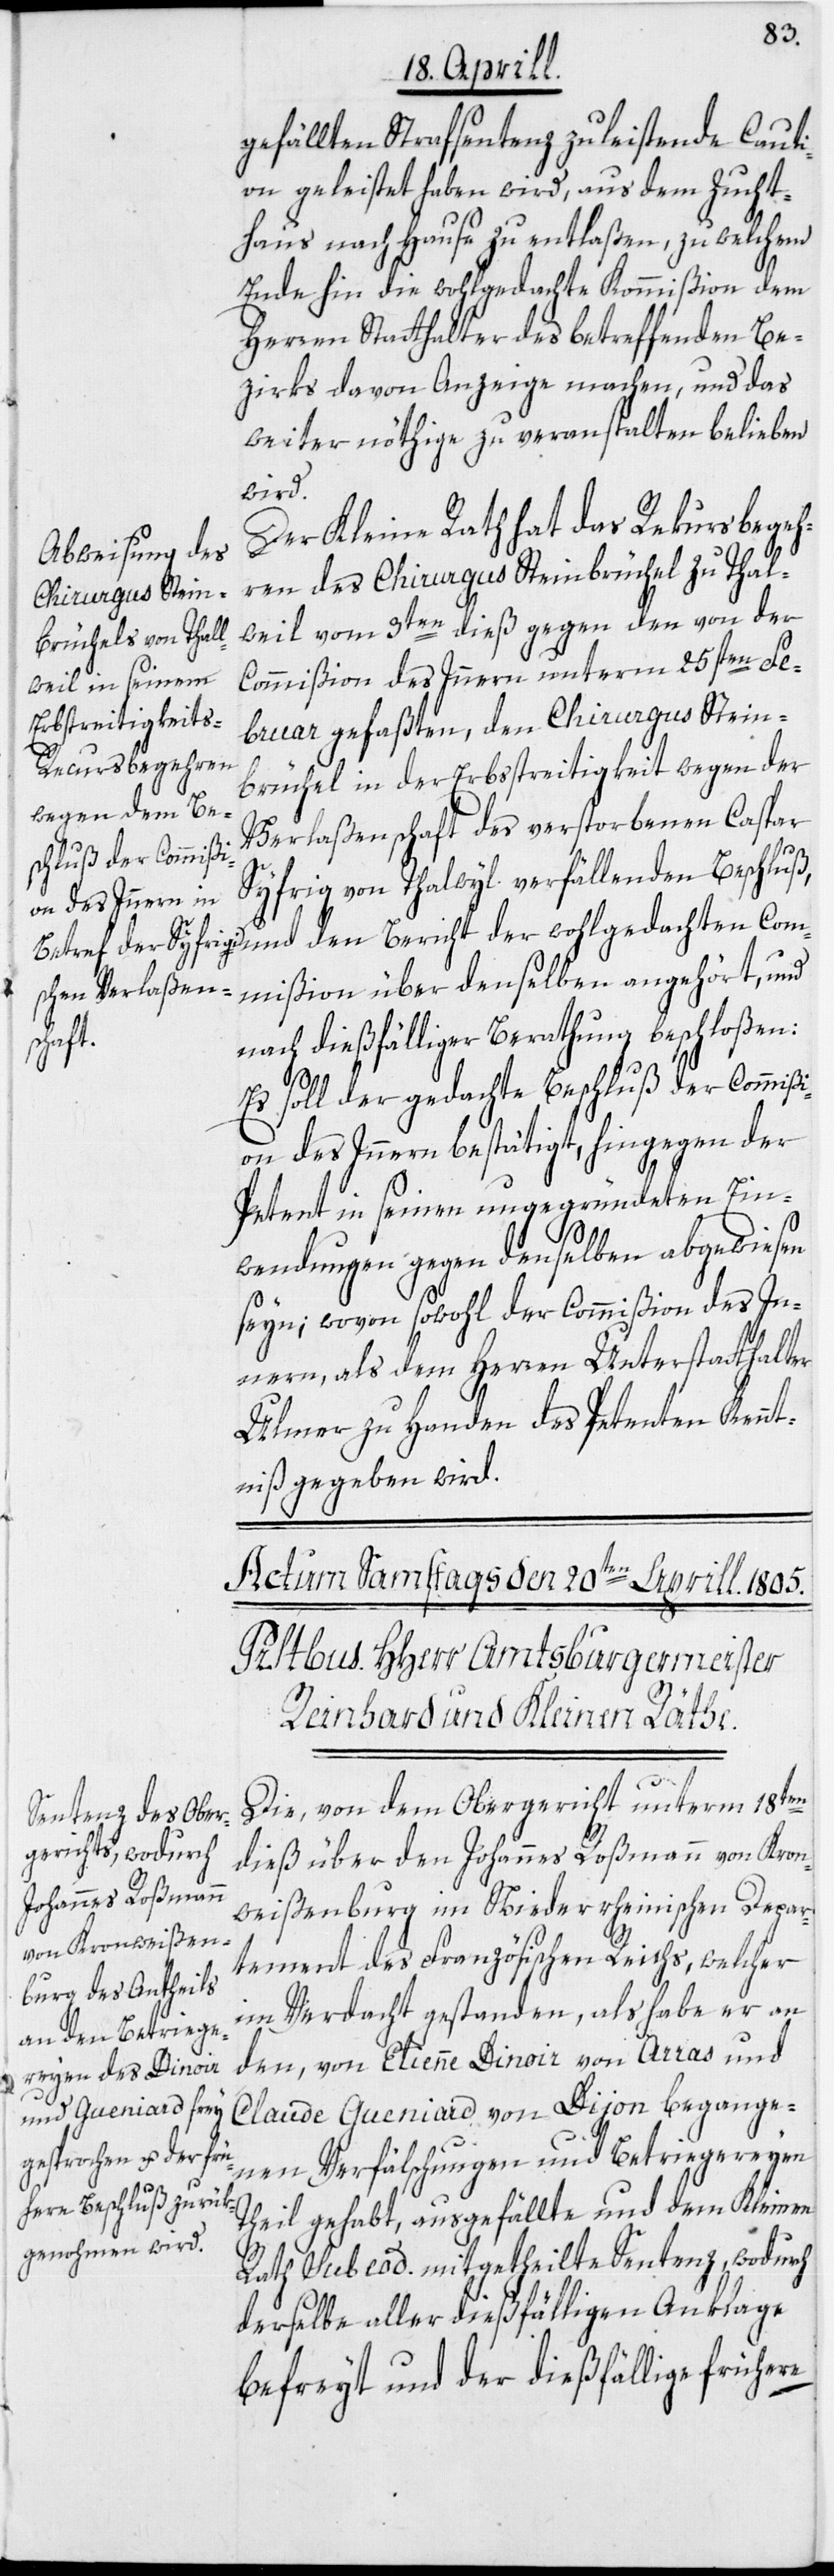
gefällten Strafsentenz zu leistende Caut¬
ion geleistet haben wird, aus dem Zucht¬
haus nach Hause zu entlaßen, zu welchem
Ende hin die wohlgedachte Kommißion dem
Herren Statthalter des betreffenden Be¬
zirks davon Anzeige machen, und das
weiter nöthige zu veranstalten belieben
wird.
Der Kleine Rath hat das Rekursbegeh¬
ren des Chirurgus Steinbrüchel zu Thal¬
weil vom 3ten dieß gegen den von der
Commißion des Innern unterm 25sten Fe¬
bruar gefaßten, den Chirurgus Stein¬
brüchel in der Erbstreitigkeit wegen der
Verlaßenschaft des verstorbenen Caspar
Syfrig von Thalwyl verfällenden Beschluß,
und den Bericht der wohlgedachten Com¬
mißion über denselben angehört, und
nach dießfälliger Berathung beschloßen:
Es soll der gedachte Beschluß der Commiß¬
ion des Innern bestätigt, hingegen der
Petent in seinen ungegründeten Ein¬
wendungen gegen denselben abgewiesen
seyn; wovon sowohl der Commißion des In¬
nern, als dem Herren Unterstatthalter
Ulmer zu Handen des Petenten Kennt¬
niß gegeben wird.
Die, von dem Obergericht unterm 18ten
dieß über den Johannes Roßmann von Kron¬
weißenburg im Niederrheinischen Depar¬
tement des Französischen Reichs, welcher
im Verdacht gestanden, als habe er an
den, von Etienne Dinoir von Arras und
Claude Gueniard von Dijon begange¬
nen Verfälschungen und Betriegereyen
Theil gehabt, ausgefällte und dem Kleinen
Rath sub eod. mitgetheilte Sentenz, wodurch
derselbe aller dießfälligen Anklage
befreyt und der dießfällige frühere